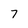
Character: 7